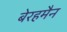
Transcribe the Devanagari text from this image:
बेरहमैन